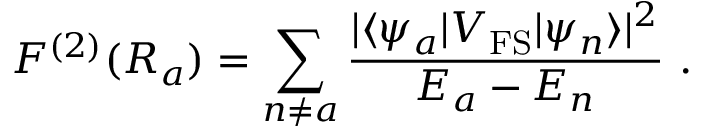
F ^ { ( 2 ) } ( R _ { a } ) = \sum _ { n \neq a } \frac { | \langle \psi _ { a } | V _ { \mathrm { F S } } | \psi _ { n } \rangle | ^ { 2 } } { E _ { a } - E _ { n } } \ .